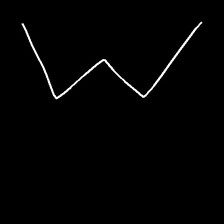
Glyph: crush